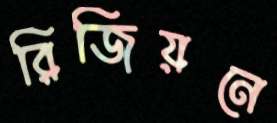
রিজিয়নে